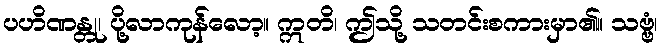
ပဟိဏန္တု၊ ပို့လာကုန်လော့။ ဣတိ၊ ဤသို့ သတင်းစကားမှာ၏။ သဗ္ဗံ၊